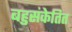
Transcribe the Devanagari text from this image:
बहुसंकेतित